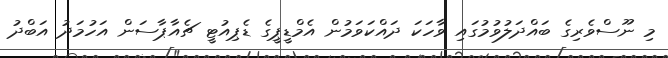
މި ނޫސްވެރިގެ ބައްދަލުވުމުގައި ވާހަކަ ދައްކަވަމުން އެމްޑީޕީގެ ޑެޕިއުޓީ ޗެއާޕާސަން އަހުމަދު އަބްދު